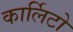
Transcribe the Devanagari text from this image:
कार्लिटो